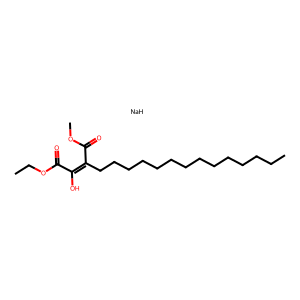
SMILES: CCCCCCCCCCCCCCC(C(=O)OC)=C(O)C(=O)OCC.[NaH]
Inhibits HIV replication: No